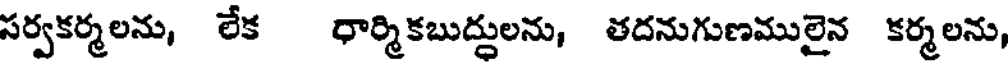
సర్వకర్మలను, లేక ధార్మికబుద్దులను, తదనుగుణములైన కర్మలను,